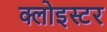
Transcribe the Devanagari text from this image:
क्लोइस्टर